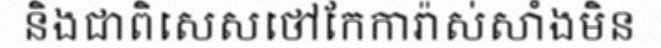
និងជាពិសេសថៅកែការ៉ាស់សាំងមិន